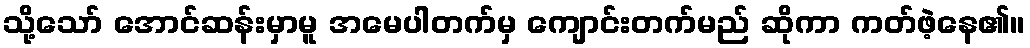
သို့သော် အောင်ဆန်းမှာမူ အမေပါတက်မှ ကျောင်းတက်မည် ဆိုကာ ကတ်ဖဲ့နေ၏။